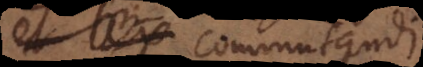
lex commutandi